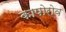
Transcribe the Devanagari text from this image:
कापोरोव